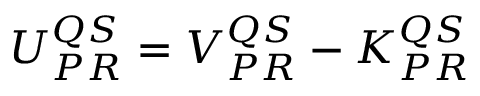
\begin{array} { r } { U _ { P R } ^ { Q S } = V _ { P R } ^ { Q S } - K _ { P R } ^ { Q S } } \end{array}